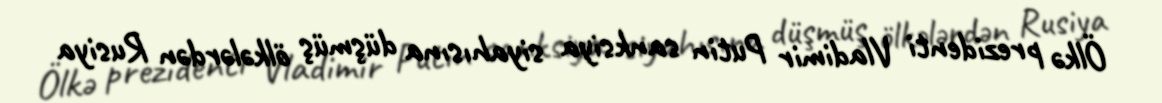
Ölkə prezidenti Vladimir Putin sanksiya siyahısına düşmüş ölkələrdən Rusiya